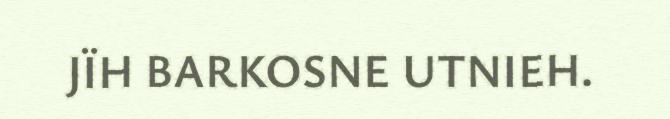
JÏH BARKOSNE UTNIEH.